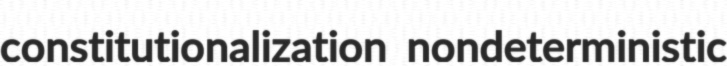
constitutionalization nondeterministic